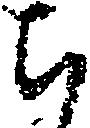
ち